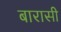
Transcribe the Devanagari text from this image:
बारासी